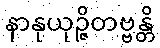
နာနုယုဉ္ဇိတဗ္ဗန္တိ